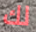
لك